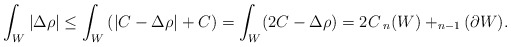
\begin{align*}\int_W |\Delta \rho| \leq \int_W \left(|C- \Delta \rho| + C \right) = \int_W (2C- \Delta \rho) = 2 C\,_n(W) + _{n-1}(\partial W).\end{align*}